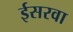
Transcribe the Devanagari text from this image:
ईसरवा